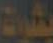
بشرة